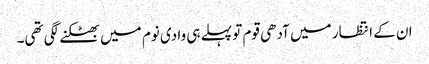
ان کے انتظار میں آدھی قوم تو پہلے ہی وادی نوم میں بھٹکنے لگی تھی۔